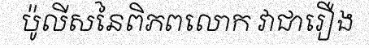
ប៉ូលីសនៃពិភពលោក វាជារឿង